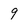
Character: 9